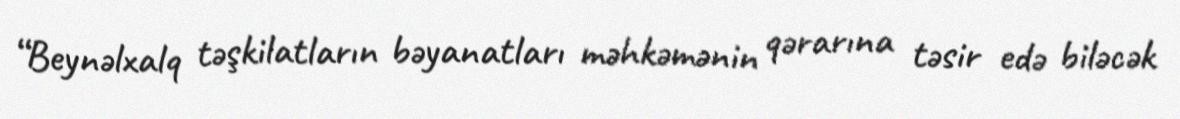
“Beynəlxalq təşkilatların bəyanatları məhkəmənin qərarına təsir edə biləcək